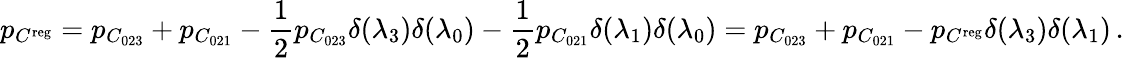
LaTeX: p_{C^{\mathrm{reg}}}=p_{C_{023}}+p_{C_{021}}-\frac{1}{2}p_{C_{023}}\delta({\lambda}_{3})\delta({\lambda}_{0})-\frac{1}{2}p_{C_{021}}\delta({\lambda}_{1})\delta({\lambda}_{0})=p_{C_{023}}+p_{C_{021}}-p_{C^{\mathrm{reg}}}\delta({\lambda}_{3})\delta({\lambda}_{1})\, .